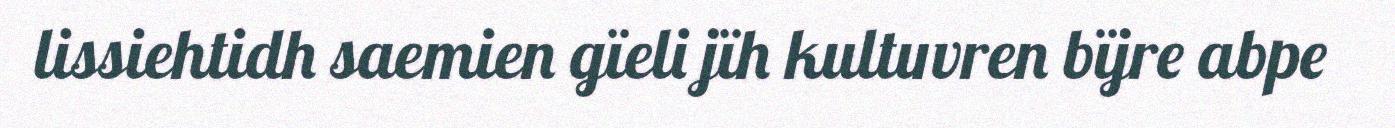
lissiehtidh saemien gïeli jïh kultuvren bïjre abpe